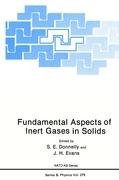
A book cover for Fundamental Aspects of Inert Gases in Solids (Nato Science Series B:); Science & Math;